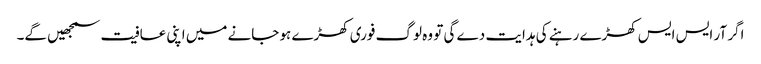
اگر آر ایس ایس کھڑے رہنے کی ہدایت دے گی تو وہ لوگ فوری کھڑے ہو جانے میں اپنی عافیت سمجھیں گے۔